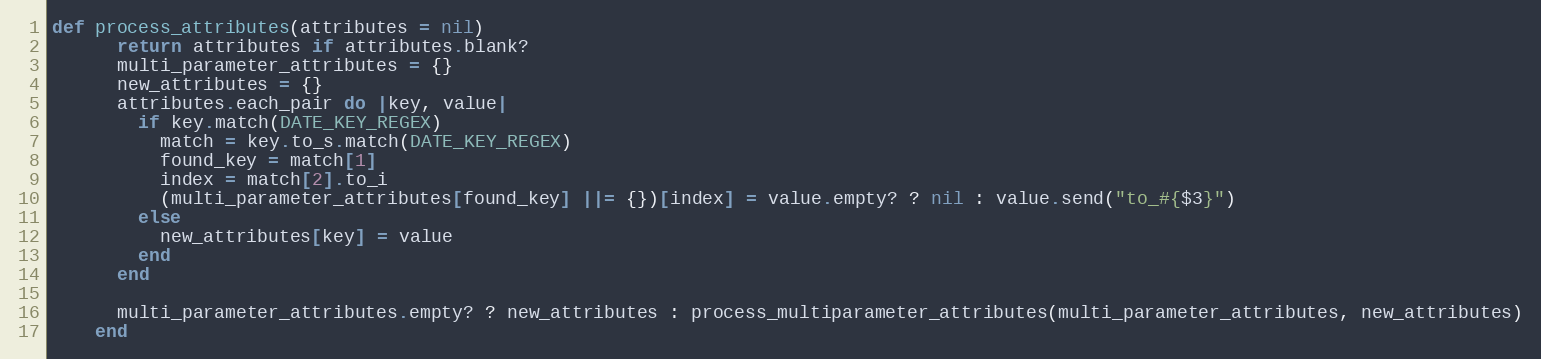
Language: Ruby
def process_attributes(attributes = nil)
      return attributes if attributes.blank?
      multi_parameter_attributes = {}
      new_attributes = {}
      attributes.each_pair do |key, value|
        if key.match(DATE_KEY_REGEX)
          match = key.to_s.match(DATE_KEY_REGEX)
          found_key = match[1]
          index = match[2].to_i
          (multi_parameter_attributes[found_key] ||= {})[index] = value.empty? ? nil : value.send("to_#{$3}")
        else
          new_attributes[key] = value
        end
      end

      multi_parameter_attributes.empty? ? new_attributes : process_multiparameter_attributes(multi_parameter_attributes, new_attributes)
    end